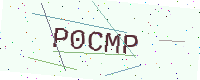
Text: P0CMP